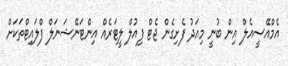
އެމްއޭސީއެލް އިން ބުނީ މިއަދު ފެށިގެން ޖެޓް ފިއުލް ލީޓަރެއް އިންޓަނޭޝަނަލް ފްލައިޓްތަކަށް